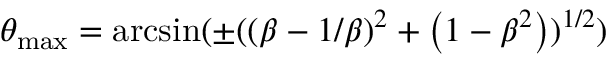
\theta _ { \mathrm { m a x } } = \mathrm { a r c s i n } ( \pm { ( \left( \beta - 1 / \beta \right) ^ { 2 } + \left( 1 - \beta ^ { 2 } \right) ) ^ { 1 / 2 } } )